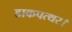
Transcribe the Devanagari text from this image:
डाकपत्थर।